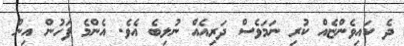
ދެ ކައިވެންޏެއް ކުރި ނަމަވެސް ދަރިއެއް ނުލިބެ އެވެ. އެންމެ ފަހުން އިން